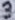
Text: 3